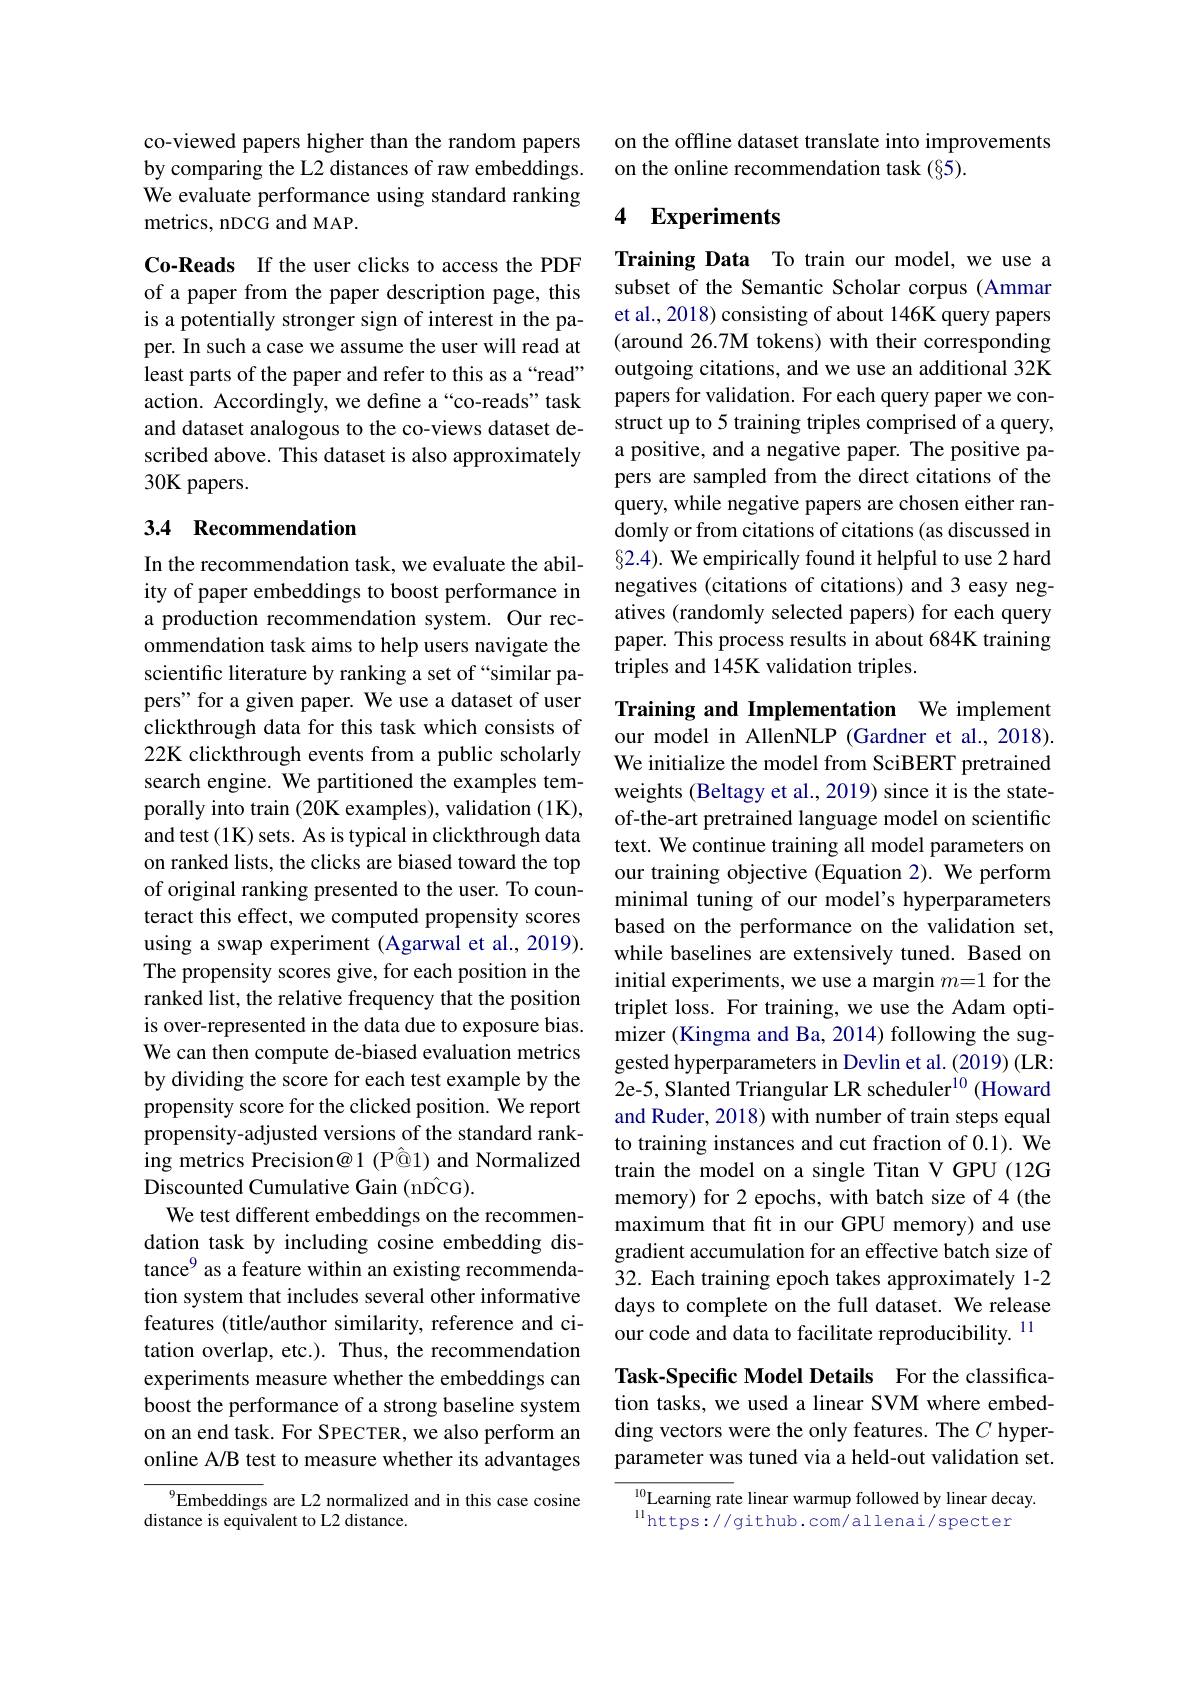
co-viewed papers higher than the random papers by comparing the L2 distances of raw embeddings. We evaluate performance using standard ranking metrics, nDCG and MAP.

Co-Reads If the user clicks to access the PDF of a paper from the paper description page, this is a potentially stronger sign of interest in the paper. In such a case we assume the user will read at least parts of the paper and refer to this as a“read” action. Accordingly, we define a“co-reads”task and dataset analogous to the co-views dataset described above. This dataset is also approximately 30K papers.

### 3.4 Recommendation

In the recommendation task, we evaluate the ability of paper embeddings to boost performance in a production recommendation system. Our recommendation task aims to help users navigate the scientific literature by ranking a set of “similar papers" for a given paper. We use a dataset of user clickthrough data for this task which consists of 22K clickthrough events from a public scholarly search engine. We partitioned the examples temporally into train (20K examples), validation (1K), and test (1K) sets. As is typical in clickthrough data on ranked lists, the clicks are biased toward the top of original ranking presented to the user. To counteract this effect, we computed propensity scores using a swap experiment (Agarwal et al., 2019). The propensity scores give, for each position in the ranked list, the relative frequency that the position is over-represented in the data due to exposure bias. We can then compute de-biased evaluation metrics by dividing the score for each test example by the propensity score for the clicked position. We report propensity-adjusted versions of the standard ranking metrics Precision@1 (P@1) and Normalized Discounted Cumulative Gain (nDCG).
We test different embeddings on the recommendation task by including cosine embedding distance$^{9}$ as a feature within an existing recommendation system that includes several other informative features (title/author similarity, reference and ci- our code and data to facilitate reproducibility. $^{11}$
tation overlap, etc.). Thus, the recommendation experiments measure whether the embeddings can boost the performance of a strong baseline system on an end task. For SPECTER, we also perform an online A/B test to measure whether its advantages
$^{9}$Embeddings are L2 normalized and in this case cosine

distance is equivalent to L2 distance.

on the offline dataset translate into improvements
on the online recommendation task (§5).

## 4 Experiments

Training Data To train our model, we use a subset of the Semantic Scholar corpus (Ammar et al., 2018) consisting of about 146K query papers (around 26.7M tokens) with their corresponding outgoing citations, and we use an additional 32K papers for validation. For each query paper we construct up to 5 training triples comprised of a query, a positive, and a negative paper. The positive papers are sampled from the direct citations of the query, while negative papers are chosen either randomly or from citations of citations (as discussed in $\S2.4).$ We empirically found it helpful to use 2 hard negatives (citations of citations) and 3 easy negatives (randomly selected papers) for each query paper. This process results in about 684K training triples and 145K validation triples.

Training and Implementation We implement our model in AllenNLP (Gardner et al., 2018). We initialize the model from SciBERT pretrained weights (Beltagy et al.,2019) since it is the stateof-the-art pretrained language model on scientific text. We continue training all model parameters on our training objective (Equation 2). We perform minimal tuning of our model's hyperparameters based on the performance on the validation set, while baselines are extensively tuned. Based on initial experiments, we use a margin $m=1$ for the triplet loss. For training, we use the Adam optimizer (Kingma and Ba, 2014) following the suggested hyperparameters in Devlin et al. (2019) (LR: 2e-5, Slanted Triangular LR scheduler$^{10}$ (Howard and Ruder, 2018) with number of train steps equal to training instances and cut fraction of 0.1). We train the model on a single Titan V GPU (12G memory) for 2 epochs, with batch size of 4 (the maximum that fit in our GPU memory) and use gradient accumulation for an effective batch size of 32. Each training epoch takes approximately 1-2 days to complete on the full dataset. We release

Task-Specific Model Details For the classification tasks, we used a linear SVM where embedding vectors were the only features. The $C$ hyperparameter was tuned via a held-out validation set.

$^{10}$Learning rate linear warmup followed by linear decay.
$^{11}$https: / / github. com/ allenai/ specter